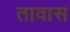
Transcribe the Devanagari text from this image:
तावास